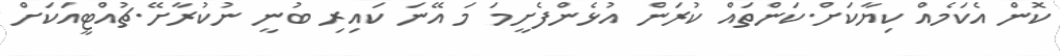
ކޮން އެކަމެއް ކިޔާކަށް.ކަންތައް ކުރަން އުޅެންފެށީމަ މަ އޭނަ ކައިރި ބުނީ ނުކުރާށޭ.ޗުއްޓީއަކަށް